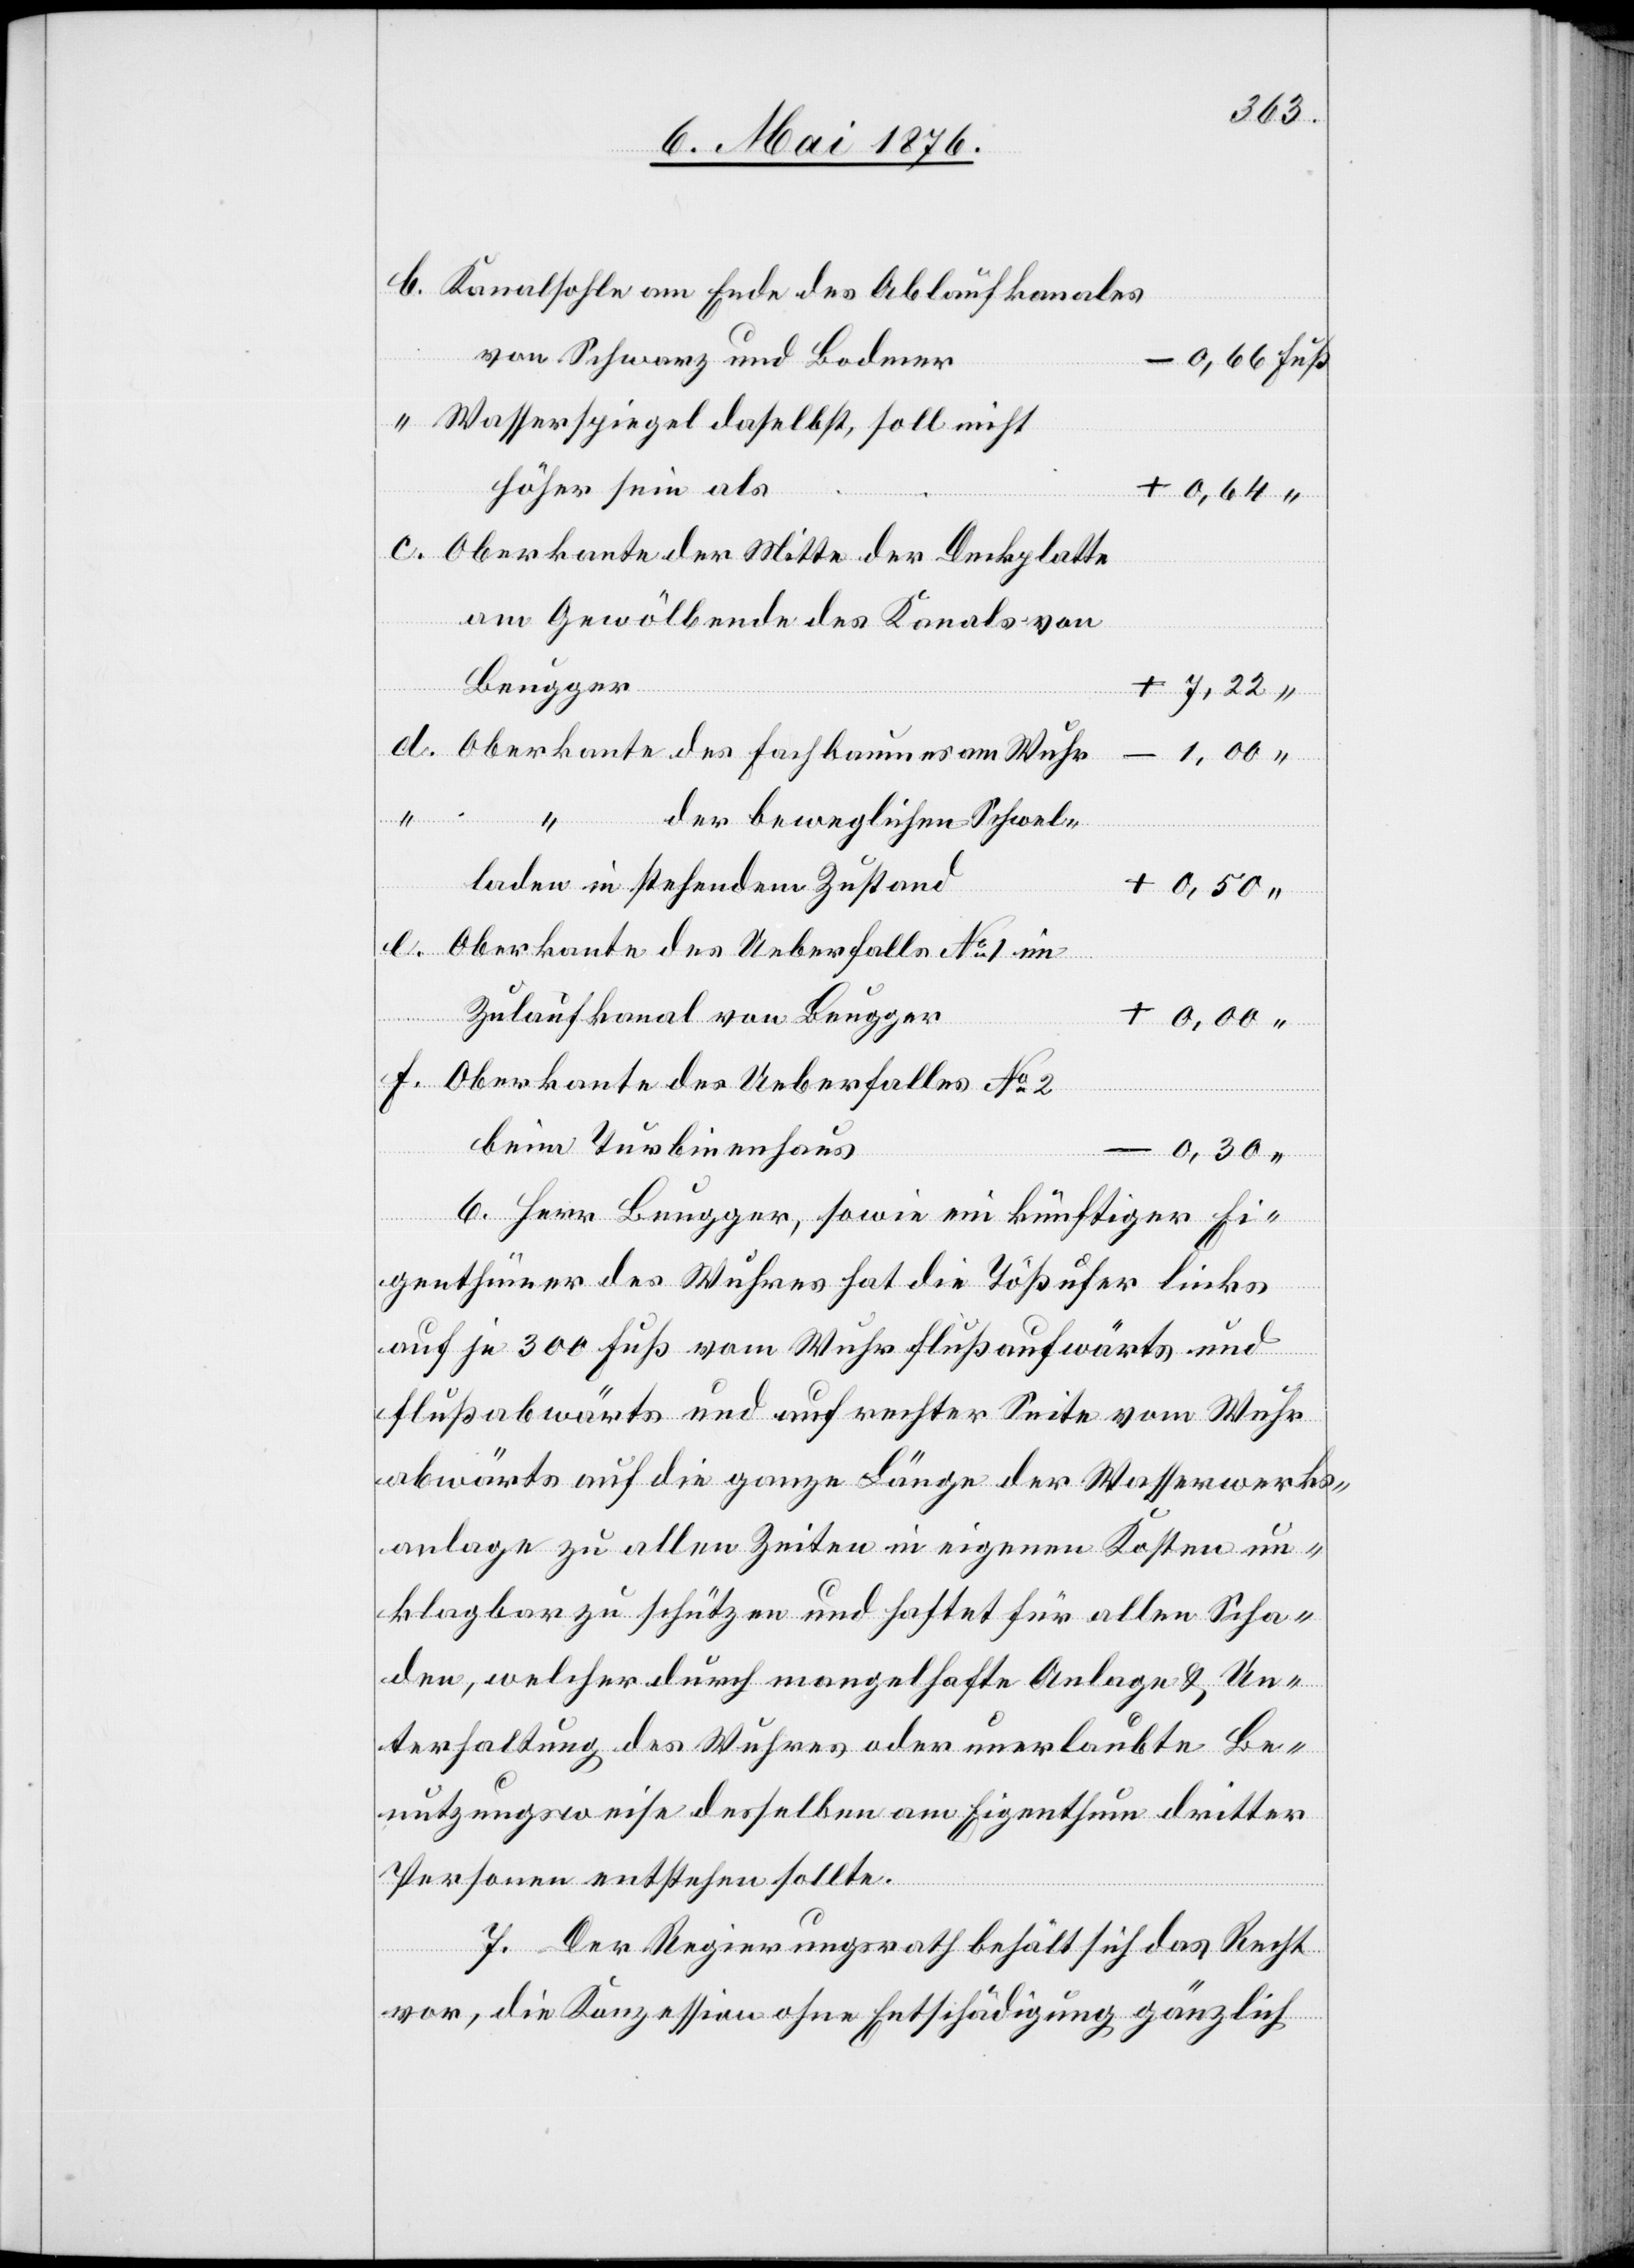
Kanalsohle am Ende des Ablaufkanales
von Schwarz und Bodmer
Wasserspeigel daselbst, soll nicht
höher sein als
0,64
Oberkante der Mitte der Deckplatte
am Gewölbende des Kanals von
Beugger
Oberkante des Fachbaumes am Wuhr
+
f.
der beweglichen Schwel¬
laden in stehendem Zustand
+
Oberkante des Ueberfalls No 1 im
Zulaufkanal von Beugger
Oberkante des Ueberfalles No 2
beim Turbinenhaus
6. Herr Beugger, sowie ein künftiger Ei¬
genthümer des Wuhres hat die Tößufer links
Fuß
auf je 300 Fuß vom Wuhr flußaufwärts und
flußabwärts und auf rechter Seite vom Wuhr
abwärts auf die ganze Länge der Wasserwerks¬
anlage zu allen Zeiten in eigenen Kosten un¬
klagbar zu schützen und haftet für allen Scha¬
den, welcher durch mangelhafte Ablage & Un¬
terhaltung des Wuhres oder unerlaubte Be¬
nutzungsweise desselben am Eigenthum dritter
Personen entstehen sollte.
-
7. Der Regierungsrath behält sich das Recht
vor, die Konzession ohne Entschädigung gänzlich